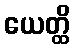
ယေတ္ထိ